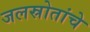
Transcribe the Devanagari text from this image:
जलस्रोतांचे